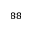
^ { 8 8 }